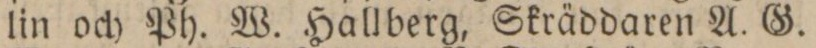
lin och Ph. W. Hallberg, Skräddaren A. G.